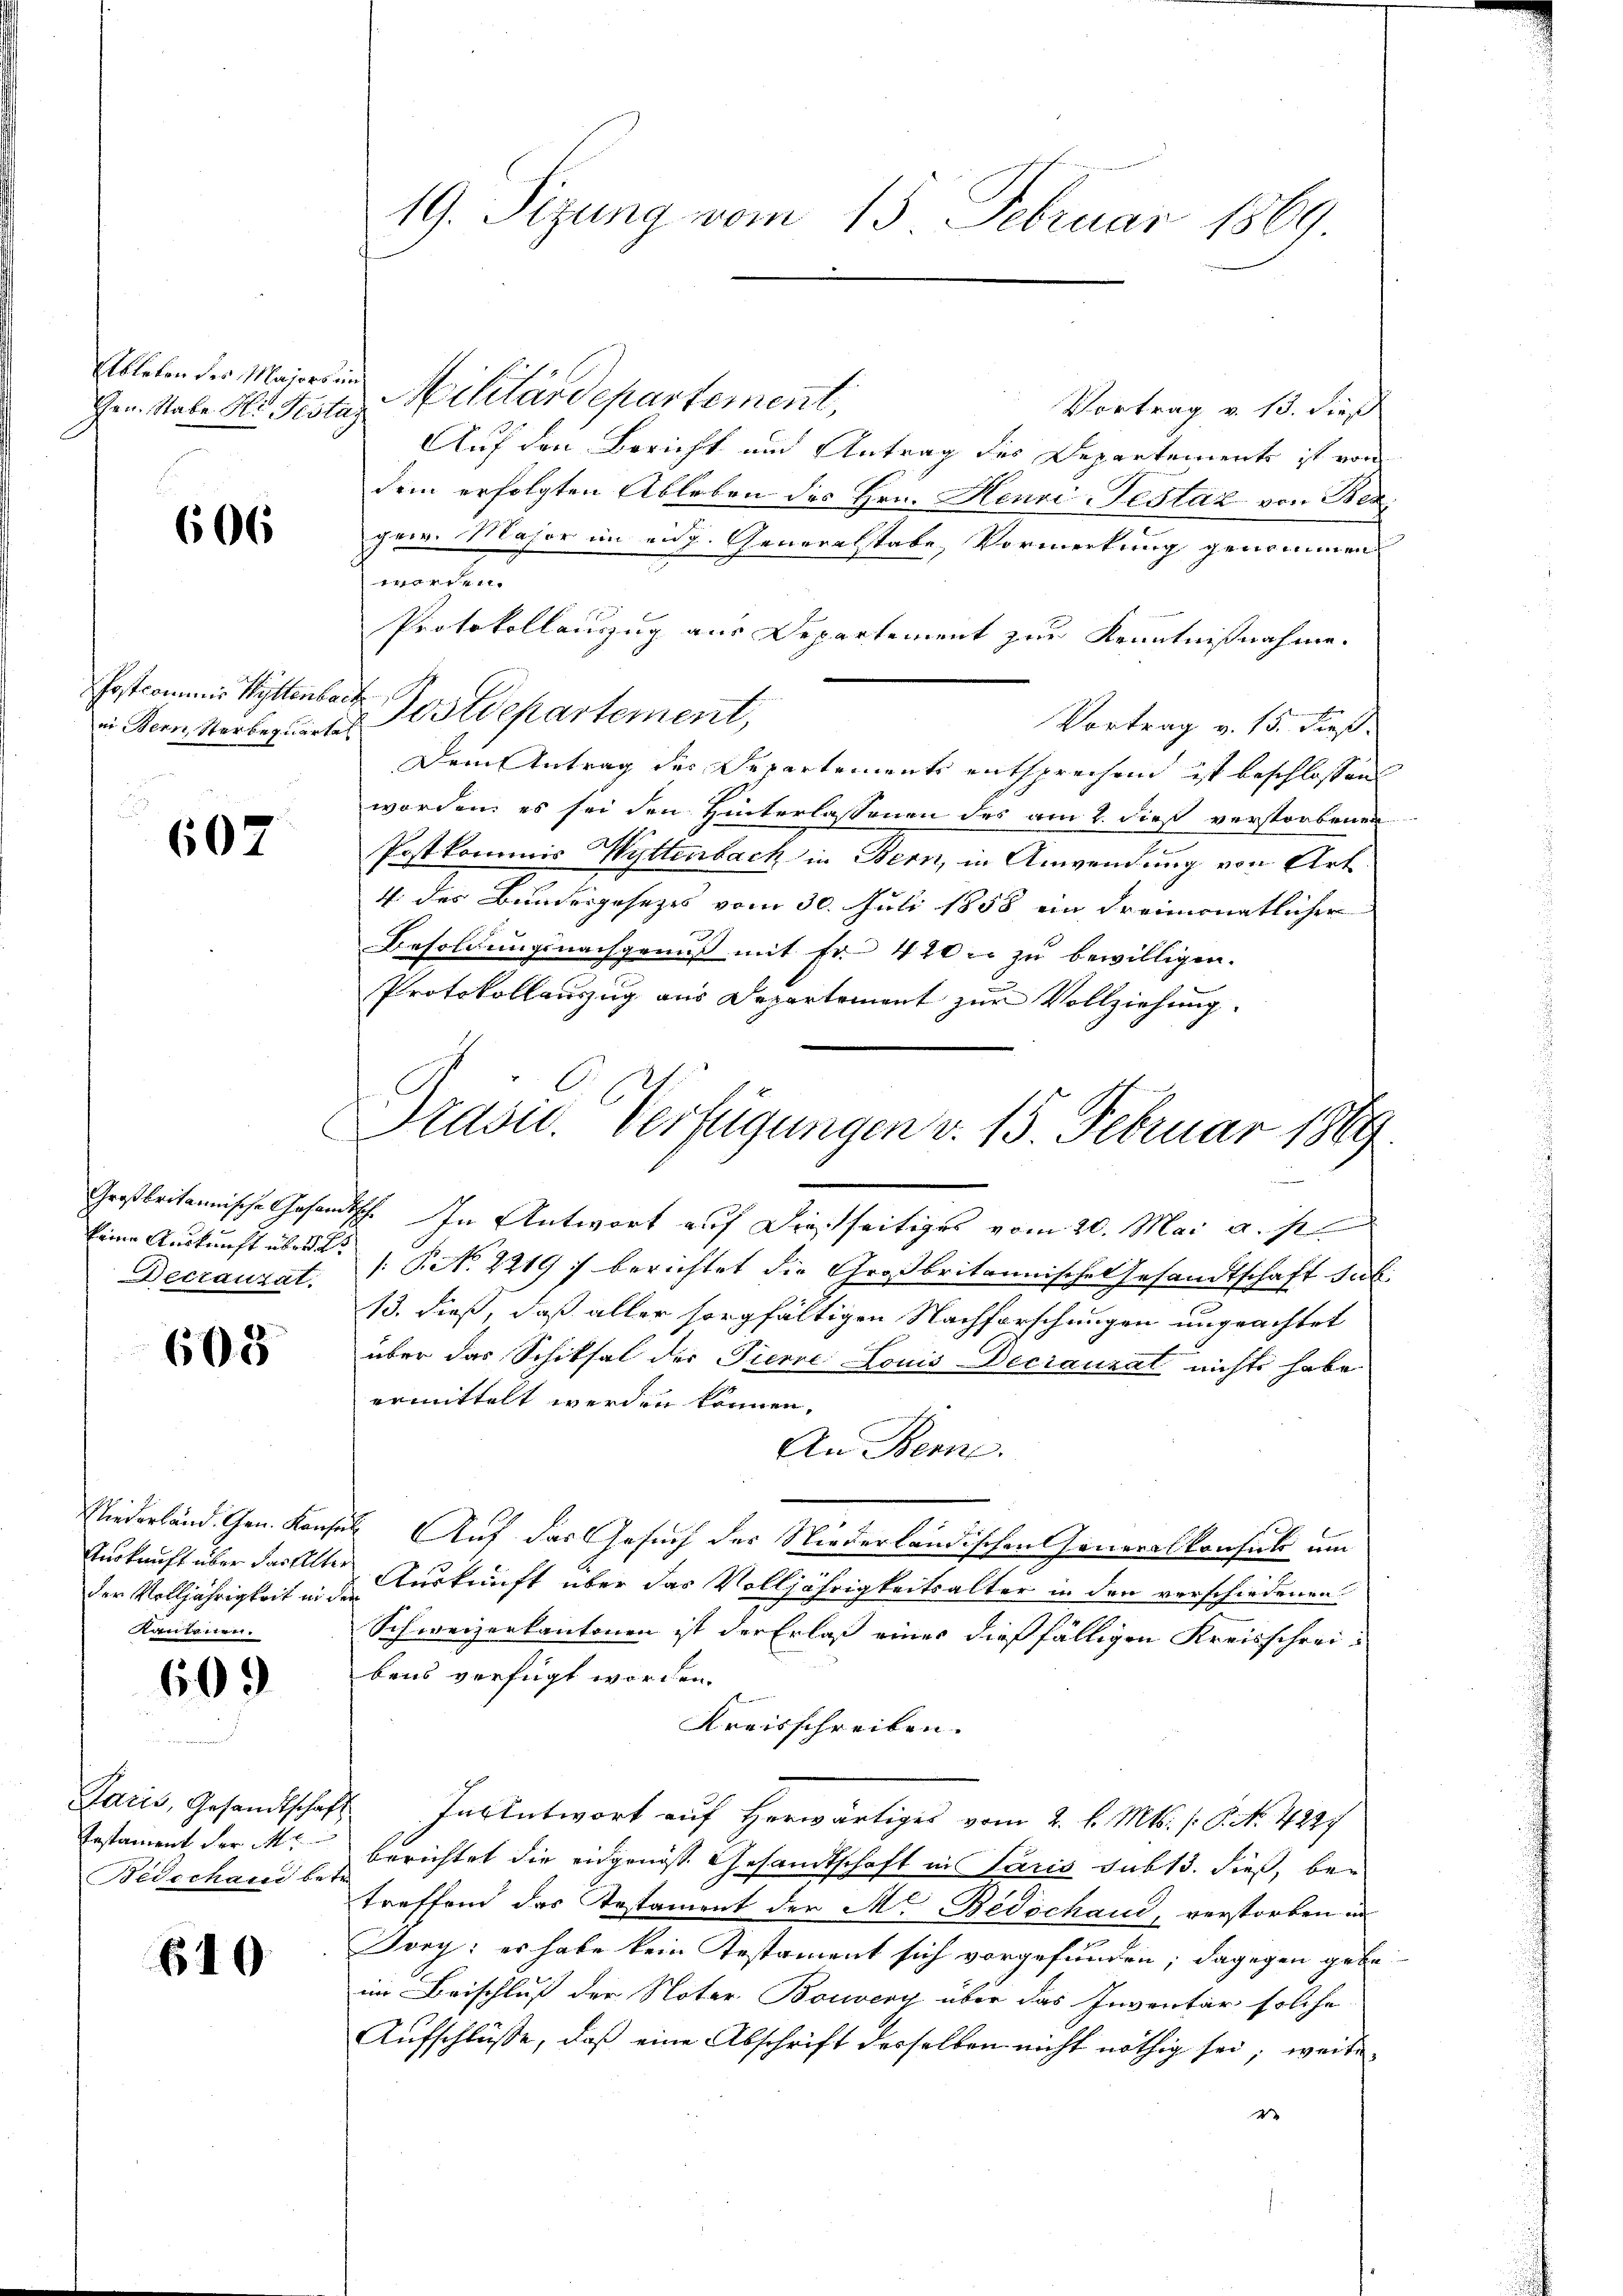
Ableben des Majors in
Gen. Stabe Hr. Pestaz

606

in Bern, Sterbequartal

602

Decrauzat.

608

der Volljährigkeit in der
Kantonen

60.

Paris, Gesandtschaft
Testament der Mi
Bidechand betr

610

Militärdepartement,
Vortrag v. 13. dieß
Auf den Bericht und Antrag des Departements ist von
dem erfolgten Ableben des Hrn. Henri Pestaz von Bezi
ger. Major im eidg. Generalstabe, Vormerkung genommen
 441.
Protokollauszug aus Departement zur Kenntnißnahme.
Postcommis Mittenbart Postdepartement,
Vortrag v. 15. dieß
Dem Antrag des Separtements entsprechend ist beschlossen
worden, es sei den Hinterlassenen des am 2. dieß verstorbenen
Postkommis Wyttenbach in Bern, in Anwendung von Art.
4 des Bundesgesetzes vom 30. Juli 1858 ein dreimonatlicher
Besoldungsnachgenuß mit Fr. 420 u. zu bewilligen.
Protokollauszug aus Departement zur Vollziehung.
Großbritannische Gesandtsch. In Antwort auf Diesseitiges vom 20. Mai a. p.
keine Auskunft über P. Nr. 2219 f berichtet die Großbritannischen Gesandtschaft sah.
13. dieß, daß aller sorgfältigen Nachforschungen ungeachtet
über das Schiksal der Tierre Louis Decrauzat nichts habe
ermittelt werden können.
An Bern.
Niederländ. Arn. Konsul Auf das Gesuch der Niederländischen Generalkonsuls um
Auskunft über dachte Auskunft über das Volljährigkeitsalter in den verschiedenen
Schweizerkantonen ist der Erlaß eines dießfälligen Kreisschreibens verfügt worden.
Kreisschreiben. |
Insentwort auf Horwärtiges vom 2. l. Mts. /: P. Nr. 4827
berichtet die eidgenoss. Gesandtschaft in Paris sub 13. dieß, be-
treffend das Testament der M. Bedschau, verstorben in
Dory: es habe kein Testament sich vorgefunden; dagegen gebe
im Beischluß der Noter Boswery über das Inventar solche
Aufschlüsse, daß eine Abschrift derselben nicht nöthig sei; weite
2

19. Sizung vom 15. Februar 1869

Präsid. Verfügungen v. 15. Februar 1889.